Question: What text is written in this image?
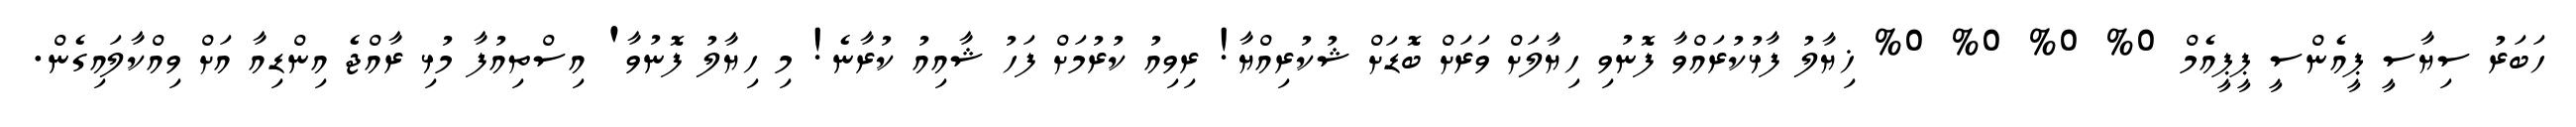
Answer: ހަބަރު ސިޔާސީ ޕީއެންސީ ޕީޕީއެމް 0% 0% 0% 0% ޚިޔާލު ފާޅުކުރައްވާ ފޮނުވި ހިޔާލަށް ވަރަށް ބޮޑަށް ޝުކުރިއްޔާ! ރިވިއު ކުރުމަށް ފަހު ޝާއިއު ކުރާނެ! މި ހިޔާލު ފޮނުވާ' އިސްތިއުފާ މުޅި ރާއްޖެ އިންޑިއާ އަށް ވިއްކާލައިގެން.